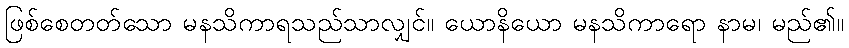
ဖြစ်စေတတ်သော မနသိကာရသည်သာလျှင်။ ယောနိယော မနသိကာရော နာမ၊ မည်၏။